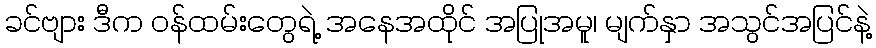
ခင်ဗျား ဒီက ဝန်ထမ်းတွေရဲ့ အနေအထိုင် အပြုအမူ၊ မျက်နှာ အသွင်အပြင်နဲ့